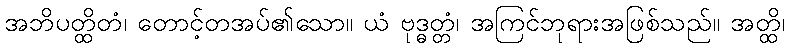
အဘိပတ္ထိတံ၊ တောင့်တအပ်၏သော။ ယံ ဗုဒ္ဓတ္တံ၊ အကြင်ဘုရားအဖြစ်သည်။ အတ္ထိ၊